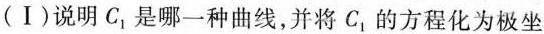
(Ⅰ) 说明 C_{1} 是哪一种曲线，并将 C_{1} 的方程化为极坐